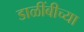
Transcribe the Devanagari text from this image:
डाळींबीच्या